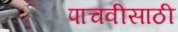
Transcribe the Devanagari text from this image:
पाचवीसाठी